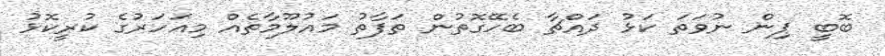
ބޮބީ ޕިން ނުވަތަ ކަޅު ދައްޗާ ބެހޭގޮތުން ތަފާތު މައުލޫމާތެއް މިއަހަރުގެ ކުރީކޮޅު